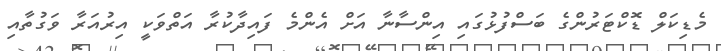
މެޑިކަލް ޑޮކްޓަރުންގެ ބަސްފުޅުގައި އިންސާނާ އަށް އެންމެ ފައިދާކުރާ އަތްވަކީ އިރުއަރާ ވަގުތާއި